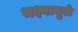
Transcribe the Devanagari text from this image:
भक्ष्यामुळे